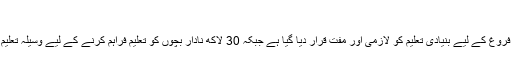
‘‘
حکومت کی جانب سے حال ہی میں تعلیم کے فروغ کے لیے بنیادی تعلیم کو لازمی اور مفت قرار دیا گیا ہے جبکہ 30 لاکھ نادار بچوں کو تعلیم فراہم کرنے کے لیے وسیلہ تعلیم نامی چار سالہ منصوبے کا اعلان کیا گیا ہے۔